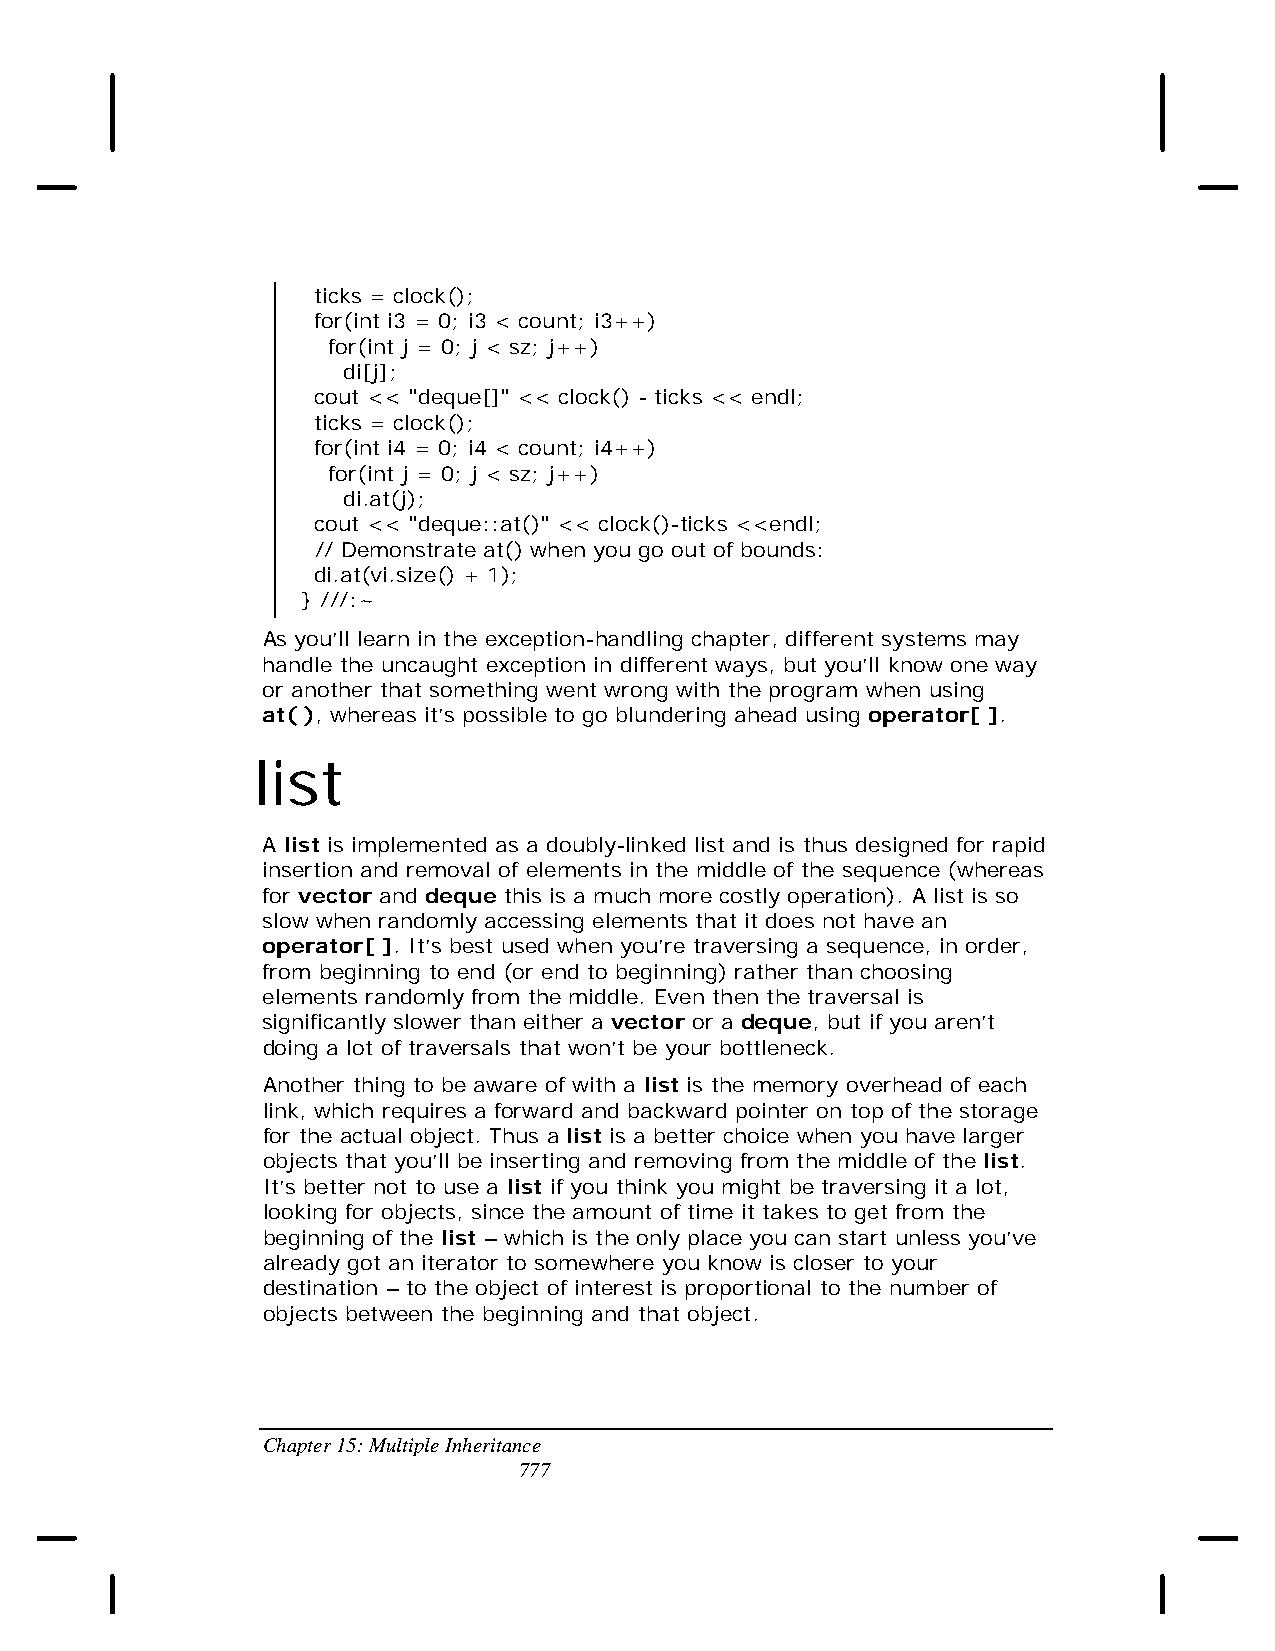
ticks = clock();
 for(int i3 = 0; i3 < count; i3++)
 for(int j = 0; j < sz; j++)
 di[j];
 cout << "deque[]" << clock() - ticks << endl;
 ticks = clock();
 for(int i4 = 0; i4 < count; i4++)
 for(int j = 0; j < sz; j++)
 di.at(j);
 cout << "deque::at()" << clock()-ticks <<endl;
 // Demonstrate at() when you go out of bounds:
 di.at(vi.size() + 1);
 } ///:~
 As you’ll learn in the exception-handling chapter, different systems may
 handle the uncaught exception in different ways, but you’ll know one way
 or another that something went wrong with the program when using
 at( ), whereas it’s possible to go blundering ahead using operator[ ].
 list
 A list is implemented as a doubly-linked list and is thus designed for rapid
 insertion and removal of elements in the middle of the sequence (whereas
 for vector and deque this is a much more costly operation). A list is so
 slow when randomly accessing elements that it does not have an
 operator[ ]. It’s best used when you’re traversing a sequence, in order,
 from beginning to end (or end to beginning) rather than choosing
 elements randomly from the middle. Even then the traversal is
 significantly slower than either a vector or a deque, but if you aren’t
 doing a lot of traversals that won’t be your bottleneck.
 Another thing to be aware of with a list is the memory overhead of each
 link, which requires a forward and backward pointer on top of the storage
 for the actual object. Thus a list is a better choice when you have larger
 objects that you’ll be inserting and removing from the middle of the list.
 It’s better not to use a list if you think you might be traversing it a lot,
 looking for objects, since the amount of time it takes to get from the
 beginning of the list – which is the only place you can start unless you’ve
 already got an iterator to somewhere you know is closer to your
 destination – to the object of interest is proportional to the number of
 objects between the beginning and that object.
 Chapter 15: Multiple Inheritance
 777